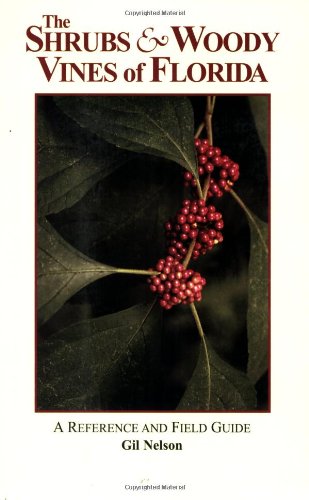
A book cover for The Shrubs and Woody Vines of Florida: A Reference and Field Guide (Reference and Field Guides); Gil Nelson; Crafts, Hobbies & Home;